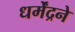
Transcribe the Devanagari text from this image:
धर्मेंद्रने